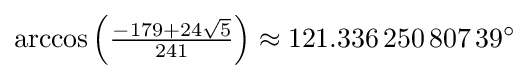
\arccos \left({\tfrac {-179+24{\sqrt {5}}}{241}}\right)\approx 121.336\,250\,807\,39^{\circ }